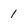
Character: 1